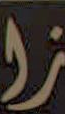
ز